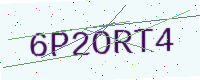
Text: 6P2ORT4